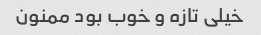
خیلی تازه و خوب بود ممنون